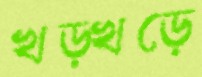
খড়্‌খড়ে